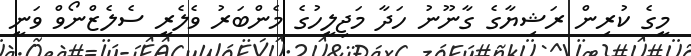
މީގެ ކުރިން ރަޝިޔާގެ ގާނޫނު ހަދާ މަޖިލީހުގެ މެންބަރު ވެލެރީ ސެލެޒްނޯވް ވަނީ